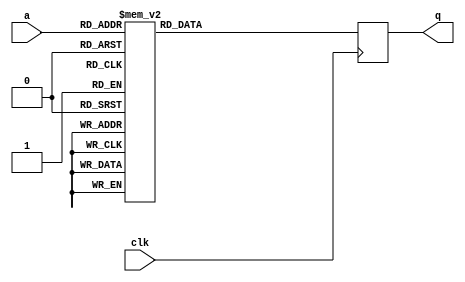
module tboxe0(input wire clk,
              input wire [7:0] a,
              output reg [31:0] q);

   always @(posedge clk)
     case (a)
	8'd0: q = 32'hc66363a5;
	8'd1: q = 32'hf87c7c84;
	8'd2: q = 32'hee777799;
	8'd3: q = 32'hf67b7b8d;
	8'd4: q = 32'hfff2f20d;
	8'd5: q = 32'hd66b6bbd;
	8'd6: q = 32'hde6f6fb1;
	8'd7: q = 32'h91c5c554;
	8'd8: q = 32'h60303050;
	8'd9: q = 32'h2010103;
	8'd10: q = 32'hce6767a9;
	8'd11: q = 32'h562b2b7d;
	8'd12: q = 32'he7fefe19;
	8'd13: q = 32'hb5d7d762;
	8'd14: q = 32'h4dababe6;
	8'd15: q = 32'hec76769a;
	8'd16: q = 32'h8fcaca45;
	8'd17: q = 32'h1f82829d;
	8'd18: q = 32'h89c9c940;
	8'd19: q = 32'hfa7d7d87;
	8'd20: q = 32'heffafa15;
	8'd21: q = 32'hb25959eb;
	8'd22: q = 32'h8e4747c9;
	8'd23: q = 32'hfbf0f00b;
	8'd24: q = 32'h41adadec;
	8'd25: q = 32'hb3d4d467;
	8'd26: q = 32'h5fa2a2fd;
	8'd27: q = 32'h45afafea;
	8'd28: q = 32'h239c9cbf;
	8'd29: q = 32'h53a4a4f7;
	8'd30: q = 32'he4727296;
	8'd31: q = 32'h9bc0c05b;
	8'd32: q = 32'h75b7b7c2;
	8'd33: q = 32'he1fdfd1c;
	8'd34: q = 32'h3d9393ae;
	8'd35: q = 32'h4c26266a;
	8'd36: q = 32'h6c36365a;
	8'd37: q = 32'h7e3f3f41;
	8'd38: q = 32'hf5f7f702;
	8'd39: q = 32'h83cccc4f;
	8'd40: q = 32'h6834345c;
	8'd41: q = 32'h51a5a5f4;
	8'd42: q = 32'hd1e5e534;
	8'd43: q = 32'hf9f1f108;
	8'd44: q = 32'he2717193;
	8'd45: q = 32'habd8d873;
	8'd46: q = 32'h62313153;
	8'd47: q = 32'h2a15153f;
	8'd48: q = 32'h804040c;
	8'd49: q = 32'h95c7c752;
	8'd50: q = 32'h46232365;
	8'd51: q = 32'h9dc3c35e;
	8'd52: q = 32'h30181828;
	8'd53: q = 32'h379696a1;
	8'd54: q = 32'ha05050f;
	8'd55: q = 32'h2f9a9ab5;
	8'd56: q = 32'he070709;
	8'd57: q = 32'h24121236;
	8'd58: q = 32'h1b80809b;
	8'd59: q = 32'hdfe2e23d;
	8'd60: q = 32'hcdebeb26;
	8'd61: q = 32'h4e272769;
	8'd62: q = 32'h7fb2b2cd;
	8'd63: q = 32'hea75759f;
	8'd64: q = 32'h1209091b;
	8'd65: q = 32'h1d83839e;
	8'd66: q = 32'h582c2c74;
	8'd67: q = 32'h341a1a2e;
	8'd68: q = 32'h361b1b2d;
	8'd69: q = 32'hdc6e6eb2;
	8'd70: q = 32'hb45a5aee;
	8'd71: q = 32'h5ba0a0fb;
	8'd72: q = 32'ha45252f6;
	8'd73: q = 32'h763b3b4d;
	8'd74: q = 32'hb7d6d661;
	8'd75: q = 32'h7db3b3ce;
	8'd76: q = 32'h5229297b;
	8'd77: q = 32'hdde3e33e;
	8'd78: q = 32'h5e2f2f71;
	8'd79: q = 32'h13848497;
	8'd80: q = 32'ha65353f5;
	8'd81: q = 32'hb9d1d168;
	8'd82: q = 32'h0;
	8'd83: q = 32'hc1eded2c;
	8'd84: q = 32'h40202060;
	8'd85: q = 32'he3fcfc1f;
	8'd86: q = 32'h79b1b1c8;
	8'd87: q = 32'hb65b5bed;
	8'd88: q = 32'hd46a6abe;
	8'd89: q = 32'h8dcbcb46;
	8'd90: q = 32'h67bebed9;
	8'd91: q = 32'h7239394b;
	8'd92: q = 32'h944a4ade;
	8'd93: q = 32'h984c4cd4;
	8'd94: q = 32'hb05858e8;
	8'd95: q = 32'h85cfcf4a;
	8'd96: q = 32'hbbd0d06b;
	8'd97: q = 32'hc5efef2a;
	8'd98: q = 32'h4faaaae5;
	8'd99: q = 32'hedfbfb16;
	8'd100: q = 32'h864343c5;
	8'd101: q = 32'h9a4d4dd7;
	8'd102: q = 32'h66333355;
	8'd103: q = 32'h11858594;
	8'd104: q = 32'h8a4545cf;
	8'd105: q = 32'he9f9f910;
	8'd106: q = 32'h4020206;
	8'd107: q = 32'hfe7f7f81;
	8'd108: q = 32'ha05050f0;
	8'd109: q = 32'h783c3c44;
	8'd110: q = 32'h259f9fba;
	8'd111: q = 32'h4ba8a8e3;
	8'd112: q = 32'ha25151f3;
	8'd113: q = 32'h5da3a3fe;
	8'd114: q = 32'h804040c0;
	8'd115: q = 32'h58f8f8a;
	8'd116: q = 32'h3f9292ad;
	8'd117: q = 32'h219d9dbc;
	8'd118: q = 32'h70383848;
	8'd119: q = 32'hf1f5f504;
	8'd120: q = 32'h63bcbcdf;
	8'd121: q = 32'h77b6b6c1;
	8'd122: q = 32'hafdada75;
	8'd123: q = 32'h42212163;
	8'd124: q = 32'h20101030;
	8'd125: q = 32'he5ffff1a;
	8'd126: q = 32'hfdf3f30e;
	8'd127: q = 32'hbfd2d26d;
	8'd128: q = 32'h81cdcd4c;
	8'd129: q = 32'h180c0c14;
	8'd130: q = 32'h26131335;
	8'd131: q = 32'hc3ecec2f;
	8'd132: q = 32'hbe5f5fe1;
	8'd133: q = 32'h359797a2;
	8'd134: q = 32'h884444cc;
	8'd135: q = 32'h2e171739;
	8'd136: q = 32'h93c4c457;
	8'd137: q = 32'h55a7a7f2;
	8'd138: q = 32'hfc7e7e82;
	8'd139: q = 32'h7a3d3d47;
	8'd140: q = 32'hc86464ac;
	8'd141: q = 32'hba5d5de7;
	8'd142: q = 32'h3219192b;
	8'd143: q = 32'he6737395;
	8'd144: q = 32'hc06060a0;
	8'd145: q = 32'h19818198;
	8'd146: q = 32'h9e4f4fd1;
	8'd147: q = 32'ha3dcdc7f;
	8'd148: q = 32'h44222266;
	8'd149: q = 32'h542a2a7e;
	8'd150: q = 32'h3b9090ab;
	8'd151: q = 32'hb888883;
	8'd152: q = 32'h8c4646ca;
	8'd153: q = 32'hc7eeee29;
	8'd154: q = 32'h6bb8b8d3;
	8'd155: q = 32'h2814143c;
	8'd156: q = 32'ha7dede79;
	8'd157: q = 32'hbc5e5ee2;
	8'd158: q = 32'h160b0b1d;
	8'd159: q = 32'haddbdb76;
	8'd160: q = 32'hdbe0e03b;
	8'd161: q = 32'h64323256;
	8'd162: q = 32'h743a3a4e;
	8'd163: q = 32'h140a0a1e;
	8'd164: q = 32'h924949db;
	8'd165: q = 32'hc06060a;
	8'd166: q = 32'h4824246c;
	8'd167: q = 32'hb85c5ce4;
	8'd168: q = 32'h9fc2c25d;
	8'd169: q = 32'hbdd3d36e;
	8'd170: q = 32'h43acacef;
	8'd171: q = 32'hc46262a6;
	8'd172: q = 32'h399191a8;
	8'd173: q = 32'h319595a4;
	8'd174: q = 32'hd3e4e437;
	8'd175: q = 32'hf279798b;
	8'd176: q = 32'hd5e7e732;
	8'd177: q = 32'h8bc8c843;
	8'd178: q = 32'h6e373759;
	8'd179: q = 32'hda6d6db7;
	8'd180: q = 32'h18d8d8c;
	8'd181: q = 32'hb1d5d564;
	8'd182: q = 32'h9c4e4ed2;
	8'd183: q = 32'h49a9a9e0;
	8'd184: q = 32'hd86c6cb4;
	8'd185: q = 32'hac5656fa;
	8'd186: q = 32'hf3f4f407;
	8'd187: q = 32'hcfeaea25;
	8'd188: q = 32'hca6565af;
	8'd189: q = 32'hf47a7a8e;
	8'd190: q = 32'h47aeaee9;
	8'd191: q = 32'h10080818;
	8'd192: q = 32'h6fbabad5;
	8'd193: q = 32'hf0787888;
	8'd194: q = 32'h4a25256f;
	8'd195: q = 32'h5c2e2e72;
	8'd196: q = 32'h381c1c24;
	8'd197: q = 32'h57a6a6f1;
	8'd198: q = 32'h73b4b4c7;
	8'd199: q = 32'h97c6c651;
	8'd200: q = 32'hcbe8e823;
	8'd201: q = 32'ha1dddd7c;
	8'd202: q = 32'he874749c;
	8'd203: q = 32'h3e1f1f21;
	8'd204: q = 32'h964b4bdd;
	8'd205: q = 32'h61bdbddc;
	8'd206: q = 32'hd8b8b86;
	8'd207: q = 32'hf8a8a85;
	8'd208: q = 32'he0707090;
	8'd209: q = 32'h7c3e3e42;
	8'd210: q = 32'h71b5b5c4;
	8'd211: q = 32'hcc6666aa;
	8'd212: q = 32'h904848d8;
	8'd213: q = 32'h6030305;
	8'd214: q = 32'hf7f6f601;
	8'd215: q = 32'h1c0e0e12;
	8'd216: q = 32'hc26161a3;
	8'd217: q = 32'h6a35355f;
	8'd218: q = 32'hae5757f9;
	8'd219: q = 32'h69b9b9d0;
	8'd220: q = 32'h17868691;
	8'd221: q = 32'h99c1c158;
	8'd222: q = 32'h3a1d1d27;
	8'd223: q = 32'h279e9eb9;
	8'd224: q = 32'hd9e1e138;
	8'd225: q = 32'hebf8f813;
	8'd226: q = 32'h2b9898b3;
	8'd227: q = 32'h22111133;
	8'd228: q = 32'hd26969bb;
	8'd229: q = 32'ha9d9d970;
	8'd230: q = 32'h78e8e89;
	8'd231: q = 32'h339494a7;
	8'd232: q = 32'h2d9b9bb6;
	8'd233: q = 32'h3c1e1e22;
	8'd234: q = 32'h15878792;
	8'd235: q = 32'hc9e9e920;
	8'd236: q = 32'h87cece49;
	8'd237: q = 32'haa5555ff;
	8'd238: q = 32'h50282878;
	8'd239: q = 32'ha5dfdf7a;
	8'd240: q = 32'h38c8c8f;
	8'd241: q = 32'h59a1a1f8;
	8'd242: q = 32'h9898980;
	8'd243: q = 32'h1a0d0d17;
	8'd244: q = 32'h65bfbfda;
	8'd245: q = 32'hd7e6e631;
	8'd246: q = 32'h844242c6;
	8'd247: q = 32'hd06868b8;
	8'd248: q = 32'h824141c3;
	8'd249: q = 32'h299999b0;
	8'd250: q = 32'h5a2d2d77;
	8'd251: q = 32'h1e0f0f11;
	8'd252: q = 32'h7bb0b0cb;
	8'd253: q = 32'ha85454fc;
	8'd254: q = 32'h6dbbbbd6;
	8'd255: q = 32'h2c16163a;

     endcase // case (a)
endmodule